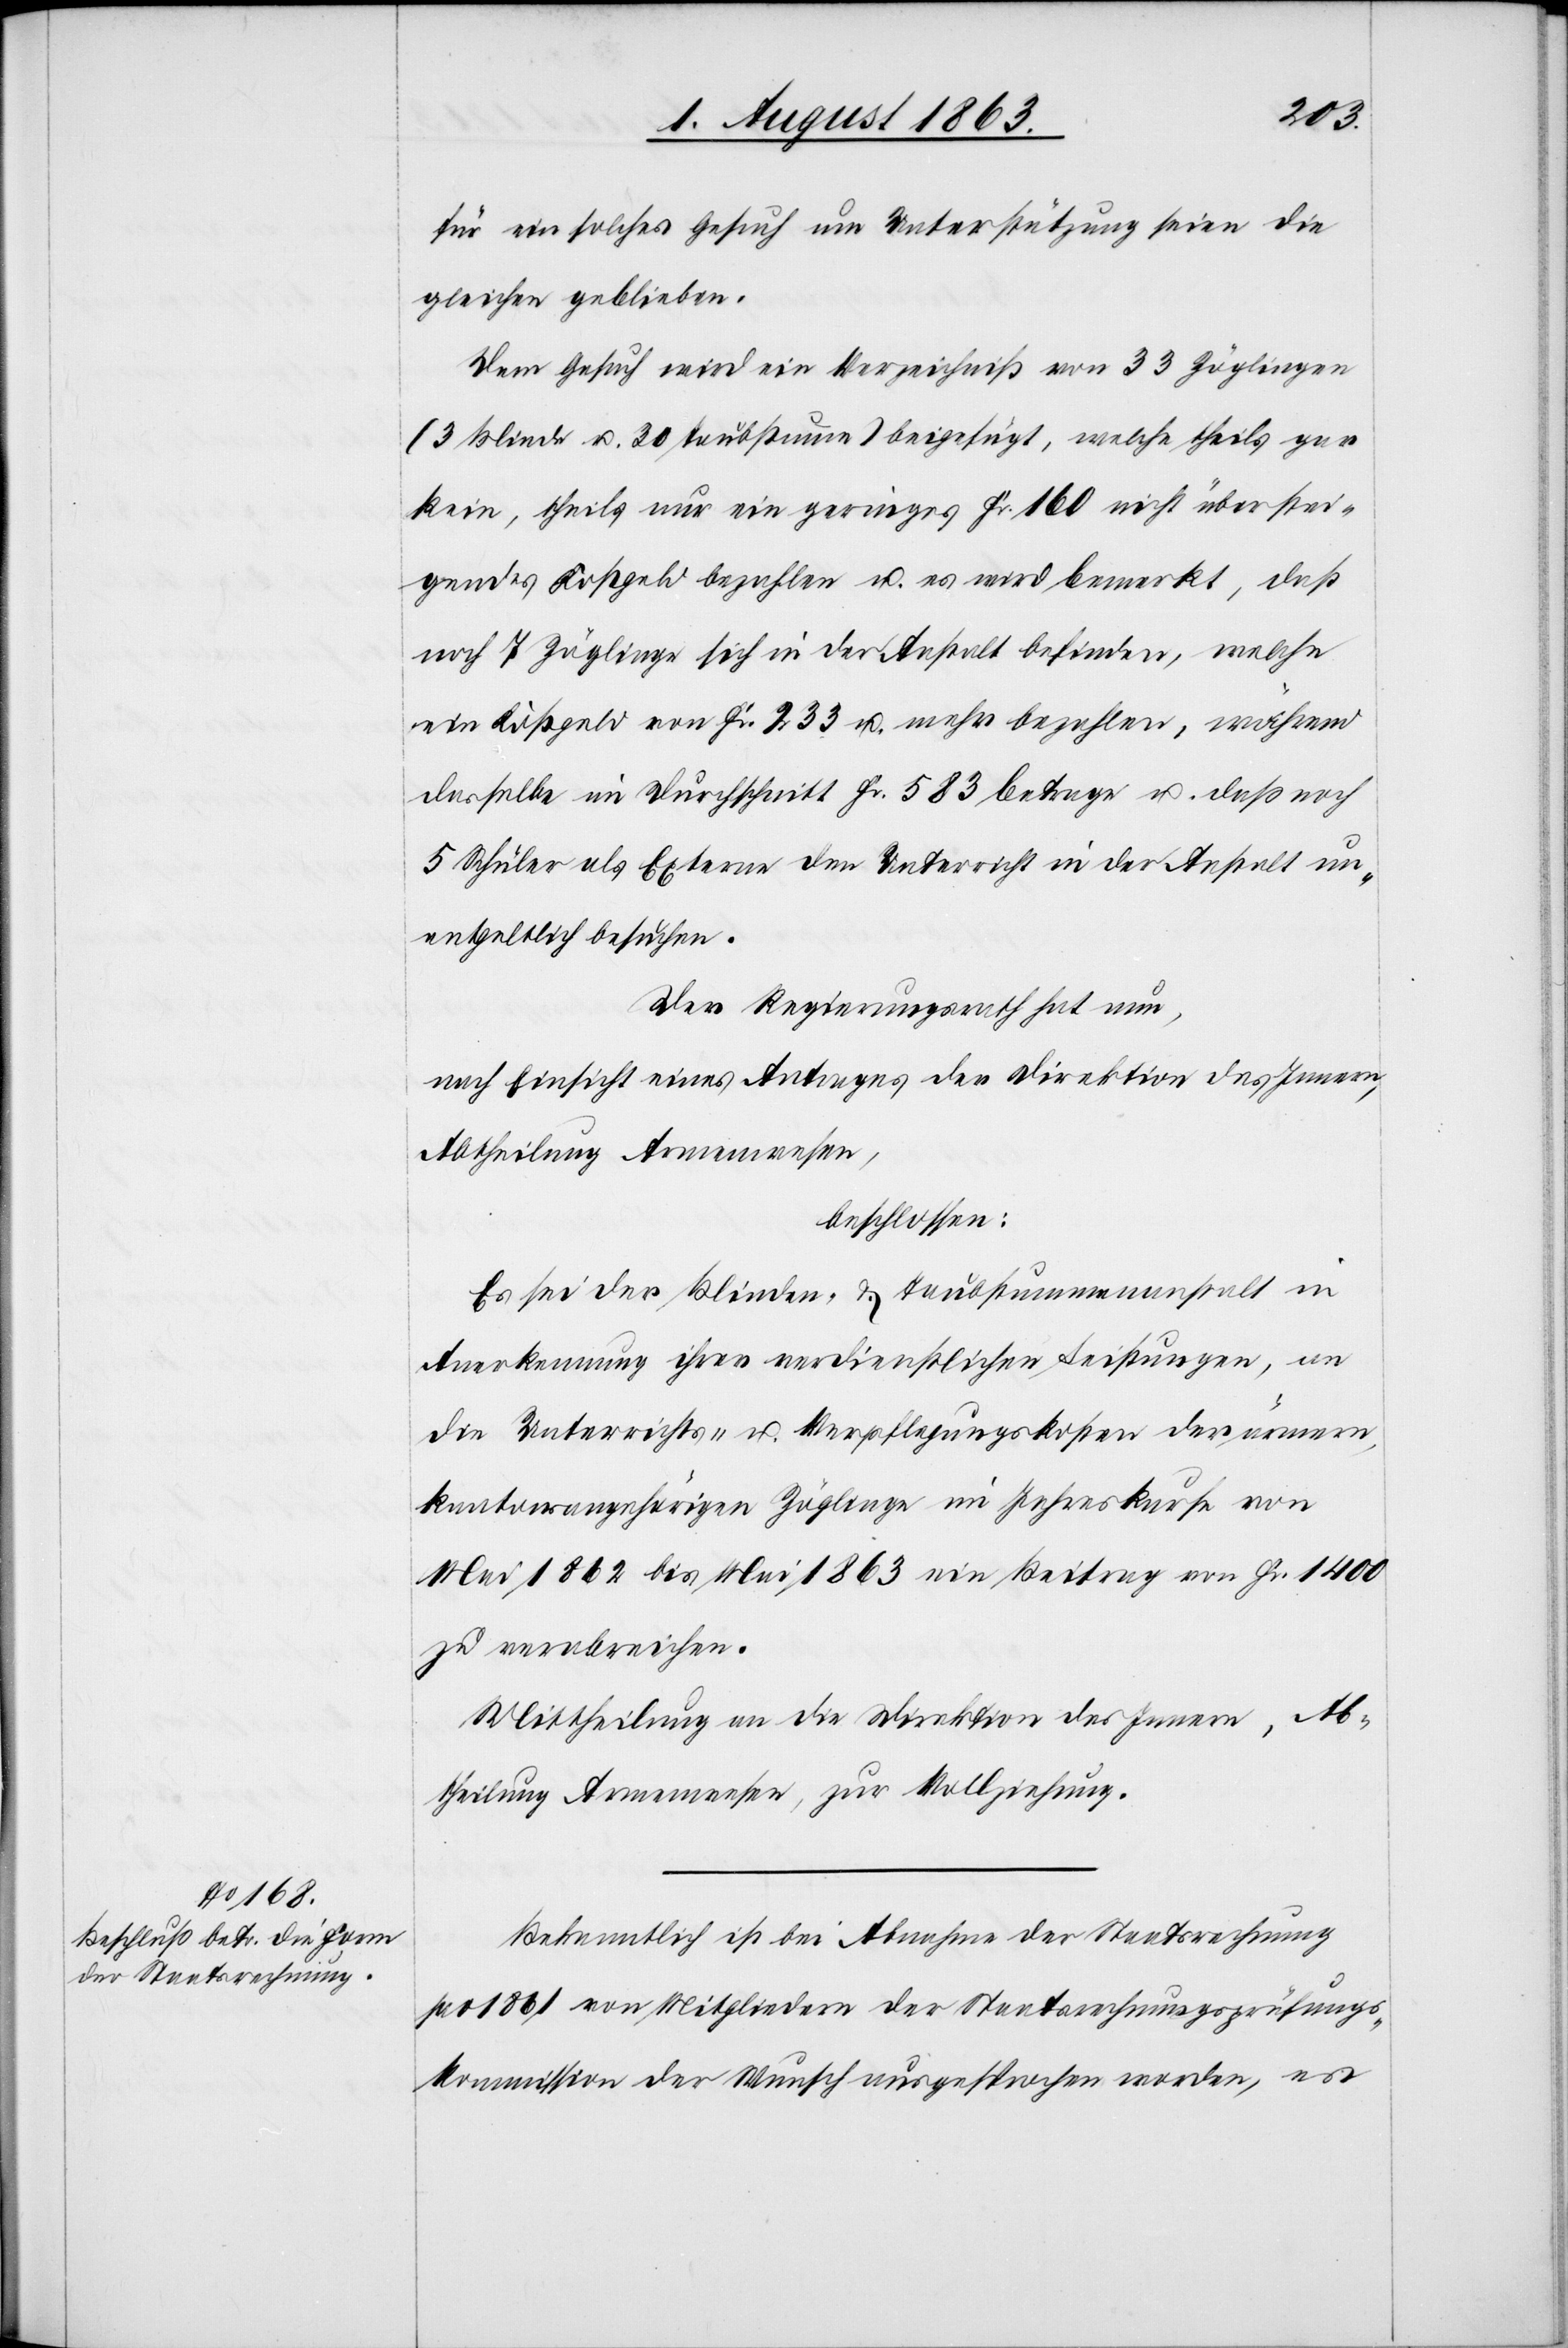
für ein solches Gesuch um Unterstützung seien die
gleichen geblieben.
Dem Gesuch wird ein Verzeichniß von 33 Zöglingen
(3 Blinde u. 30 Taubstumme) beigefügt, welche theils gar
kein, theils nur ein geringes Fr. 160 nicht überstei¬
gendes Kostgeld bezahlen u. es wird bemerkt, daß
noch 7 Zöglinge sich in der Anstalt befinden, welche
ein Kostgeld von Fr. 233 u. mehr bezahlen, während
dasselbe im Durchschnitt Fr. 583 betrage u. daß noch
5 Schüler als Externe den Unterricht in der Anstalt un¬
entgeltlich besuchen.
Der Regierungsrath hat nun,
nach Einsicht eines Antrages der Direktion des Innern,
Abtheilung Armenwesen,
beschlossen:
Es sei der Blinden- & Taubstummenanstalt in
Anerkennung ihrer verdienstlichen Leistungen, an
die Unterrichts- u. Verpflegungskosten der ärmern,
kantonsangehörigen Zöglinge im Jahreskurse von
Mai 1862 bis Mai 1863 ein Beitrag von Fr. 1400
zu verabreichen.
Mittheilung an die Direktion des Innern, Ab¬
theilung Armenwesen, zur Vollziehung.
Bekanntlich ist bei Abnahme der Staatsrechnung
pro 1861 von Mitgliedern der Staatsrechnungsprüfungs¬
kommission der Wunsch ausgesprochen worden, es